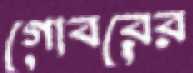
গোবরের